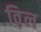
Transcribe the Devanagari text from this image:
व़िल